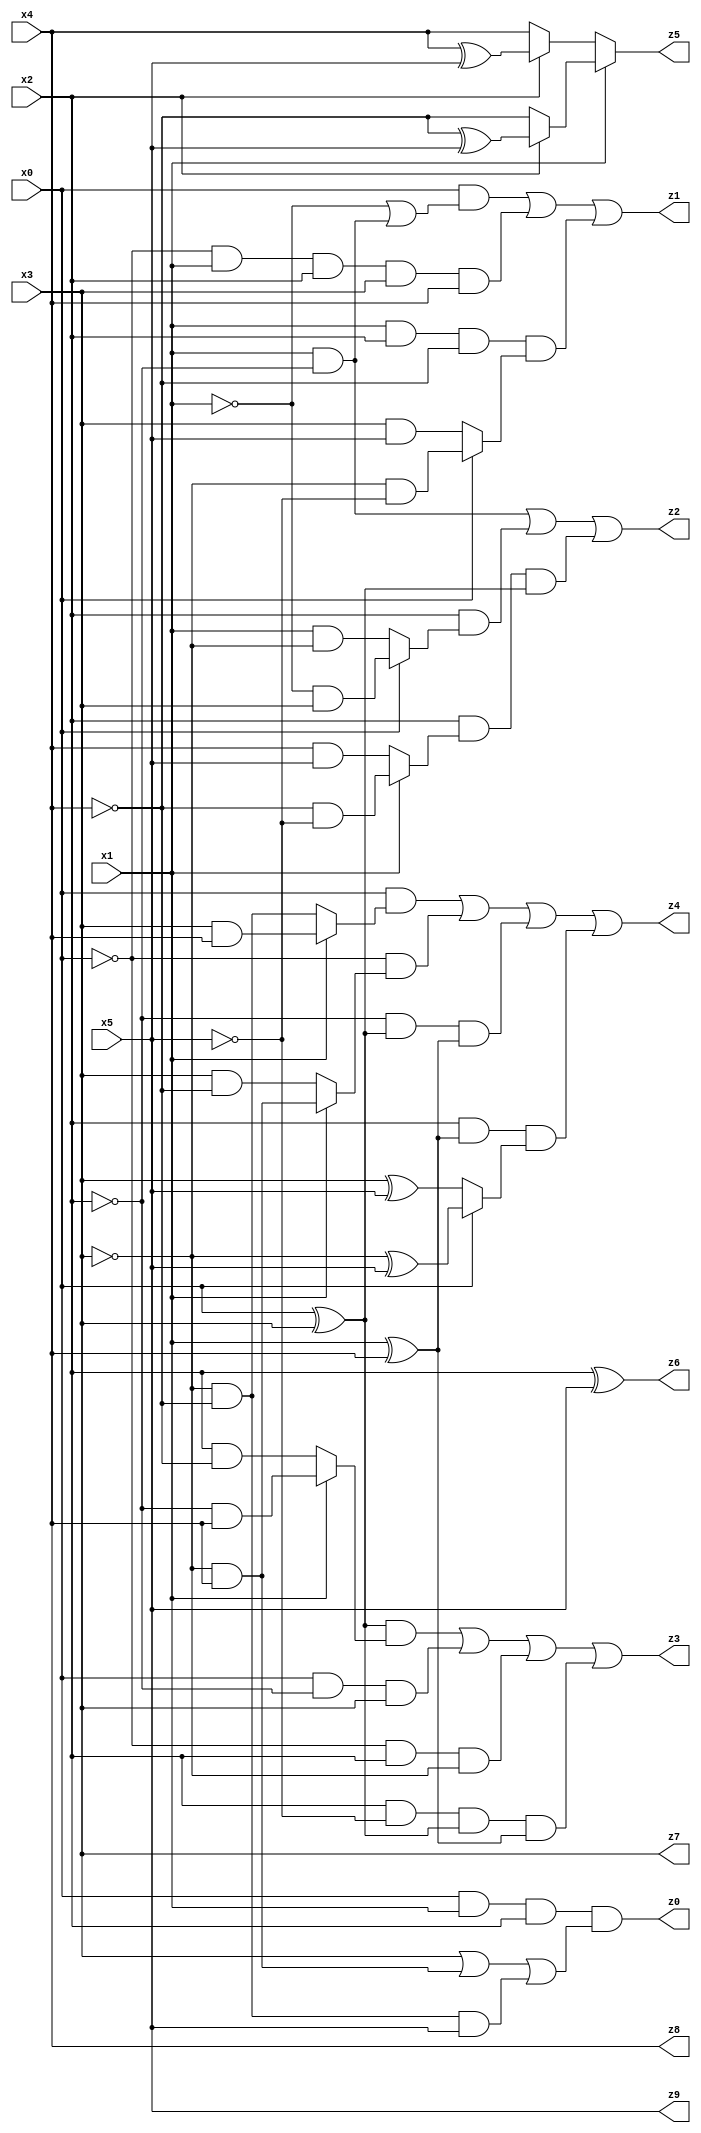
// Benchmark "X_39" written by ABC on Mon Jun 05 19:34:07 2023

module X_39 ( 
    x0, x1, x2, x3, x4, x5,
    z0, z1, z2, z3, z4, z5, z6, z7, z8, z9  );
  input  x0, x1, x2, x3, x4, x5;
  output z0, z1, z2, z3, z4, z5, z6, z7, z8, z9;
  assign z0 = x0 & x1 & x2 & (x3 | (~x3 & x4) | (~x3 & ~x4 & x5));
  assign z1 = (x0 & (~x1 | (x1 & ~x2))) | (~x0 & x1 & x2 & x3 & x4) | (x1 & x2 & ~x4 & (x0 ? (~x3 & ~x5) : (x3 & x5)));
  assign z2 = (x1 & ~x2) | (x2 & (x0 ? (~x1 & x3) : (x1 & ~x3))) | (x2 & (x1 ? (~x4 & ~x5) : (x4 & x5)) & (x0 ^ x3));
  assign z3 = ((x0 ^ x3) & (x1 ? (~x2 & x4) : (x2 & ~x4))) | (x0 & ~x2 & x3) | (~x0 & x2 & ~x3) | (x2 & ~x5 & (x0 ^ x3) & (x1 ^ x4));
  assign z4 = (x0 & (x1 ? (x3 & x4) : (~x3 & ~x4))) | (~x0 & (x1 ? (~x3 & x4) : (x3 & ~x4))) | (~x2 & (x0 ^ x3) & (x1 ^ x4)) | (x2 & (x1 ^ x4) & (x0 ? (~x3 ^ x5) : (x3 ^ x5)));
  assign z5 = x1 ? (x2 ? (~x4 ^ x5) : ~x4) : (x2 ? (x4 ^ x5) : x4);
  assign z6 = x2 ^ x5;
  assign z7 = x3;
  assign z8 = x4;
  assign z9 = x5;
endmodule